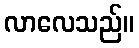
လာလေသည်။